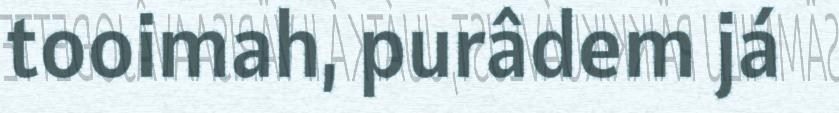
tooimah, purâdem já